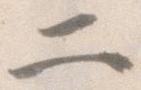
二